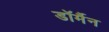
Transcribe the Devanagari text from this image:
डॉर्मैन